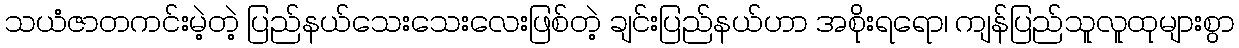
သယံဇာတကင်းမဲ့တဲ့ ပြည်နယ်သေးသေးလေးဖြစ်တဲ့ ချင်းပြည်နယ်ဟာ အစိုးရရော၊ ကျန်ပြည်သူလူထုများစွာ